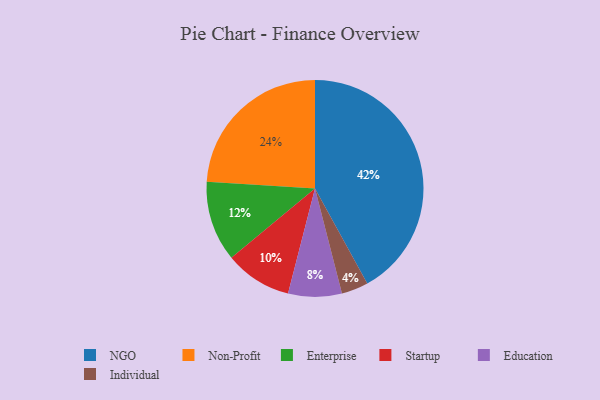
{"axis": {"x": "Category", "y": "Percentage"}, "legend": ["Education", "Enterprise", "Individual", "NGO", "Non-Profit", "Startup"], "data": [{"x": "Individual", "y": 4, "type": "Individual"}, {"x": "Education", "y": 8, "type": "Education"}, {"x": "Enterprise", "y": 12, "type": "Enterprise"}, {"x": "Non-Profit", "y": 24, "type": "Non-Profit"}, {"x": "NGO", "y": 42, "type": "NGO"}, {"x": "Startup", "y": 10, "type": "Startup"}]}